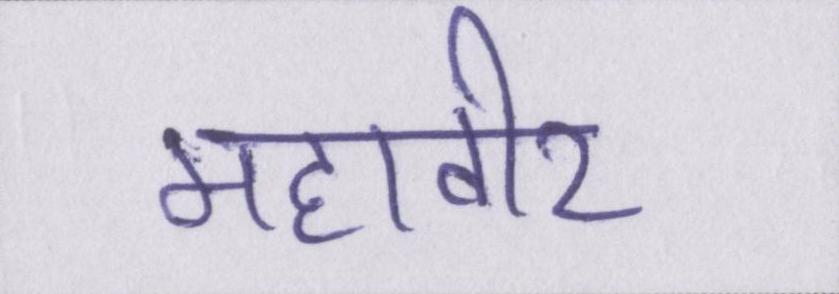
महावीर